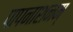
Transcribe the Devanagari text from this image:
पापनाशनम्